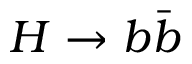
H \rightarrow b \bar { b }